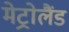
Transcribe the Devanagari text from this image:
मेट्रोलैंड